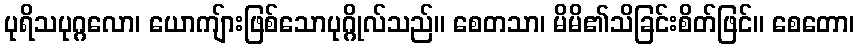
ပုရိသပုဂ္ဂလော၊ ယောကျ်ားဖြစ်သောပုဂ္ဂိုလ်သည်။ စေတသာ၊ မိမိ၏သိခြင်းစိတ်ဖြင်။ စေတော၊